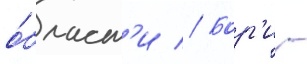
о́бласт'и // Бор'и -